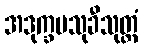
အဒုက္ခမသုခီသုတ္တံ